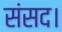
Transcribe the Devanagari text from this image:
संसद।